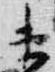
東